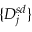
\{ D _ { j } ^ { s d } \}